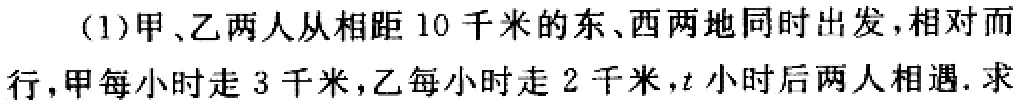
(1)甲、乙两人从相距 10 千米的东、西两地同时出发,相对而行,甲每小时走 3 千米,乙每小时走 2 千米,\(t\)小时后两人相遇. 求